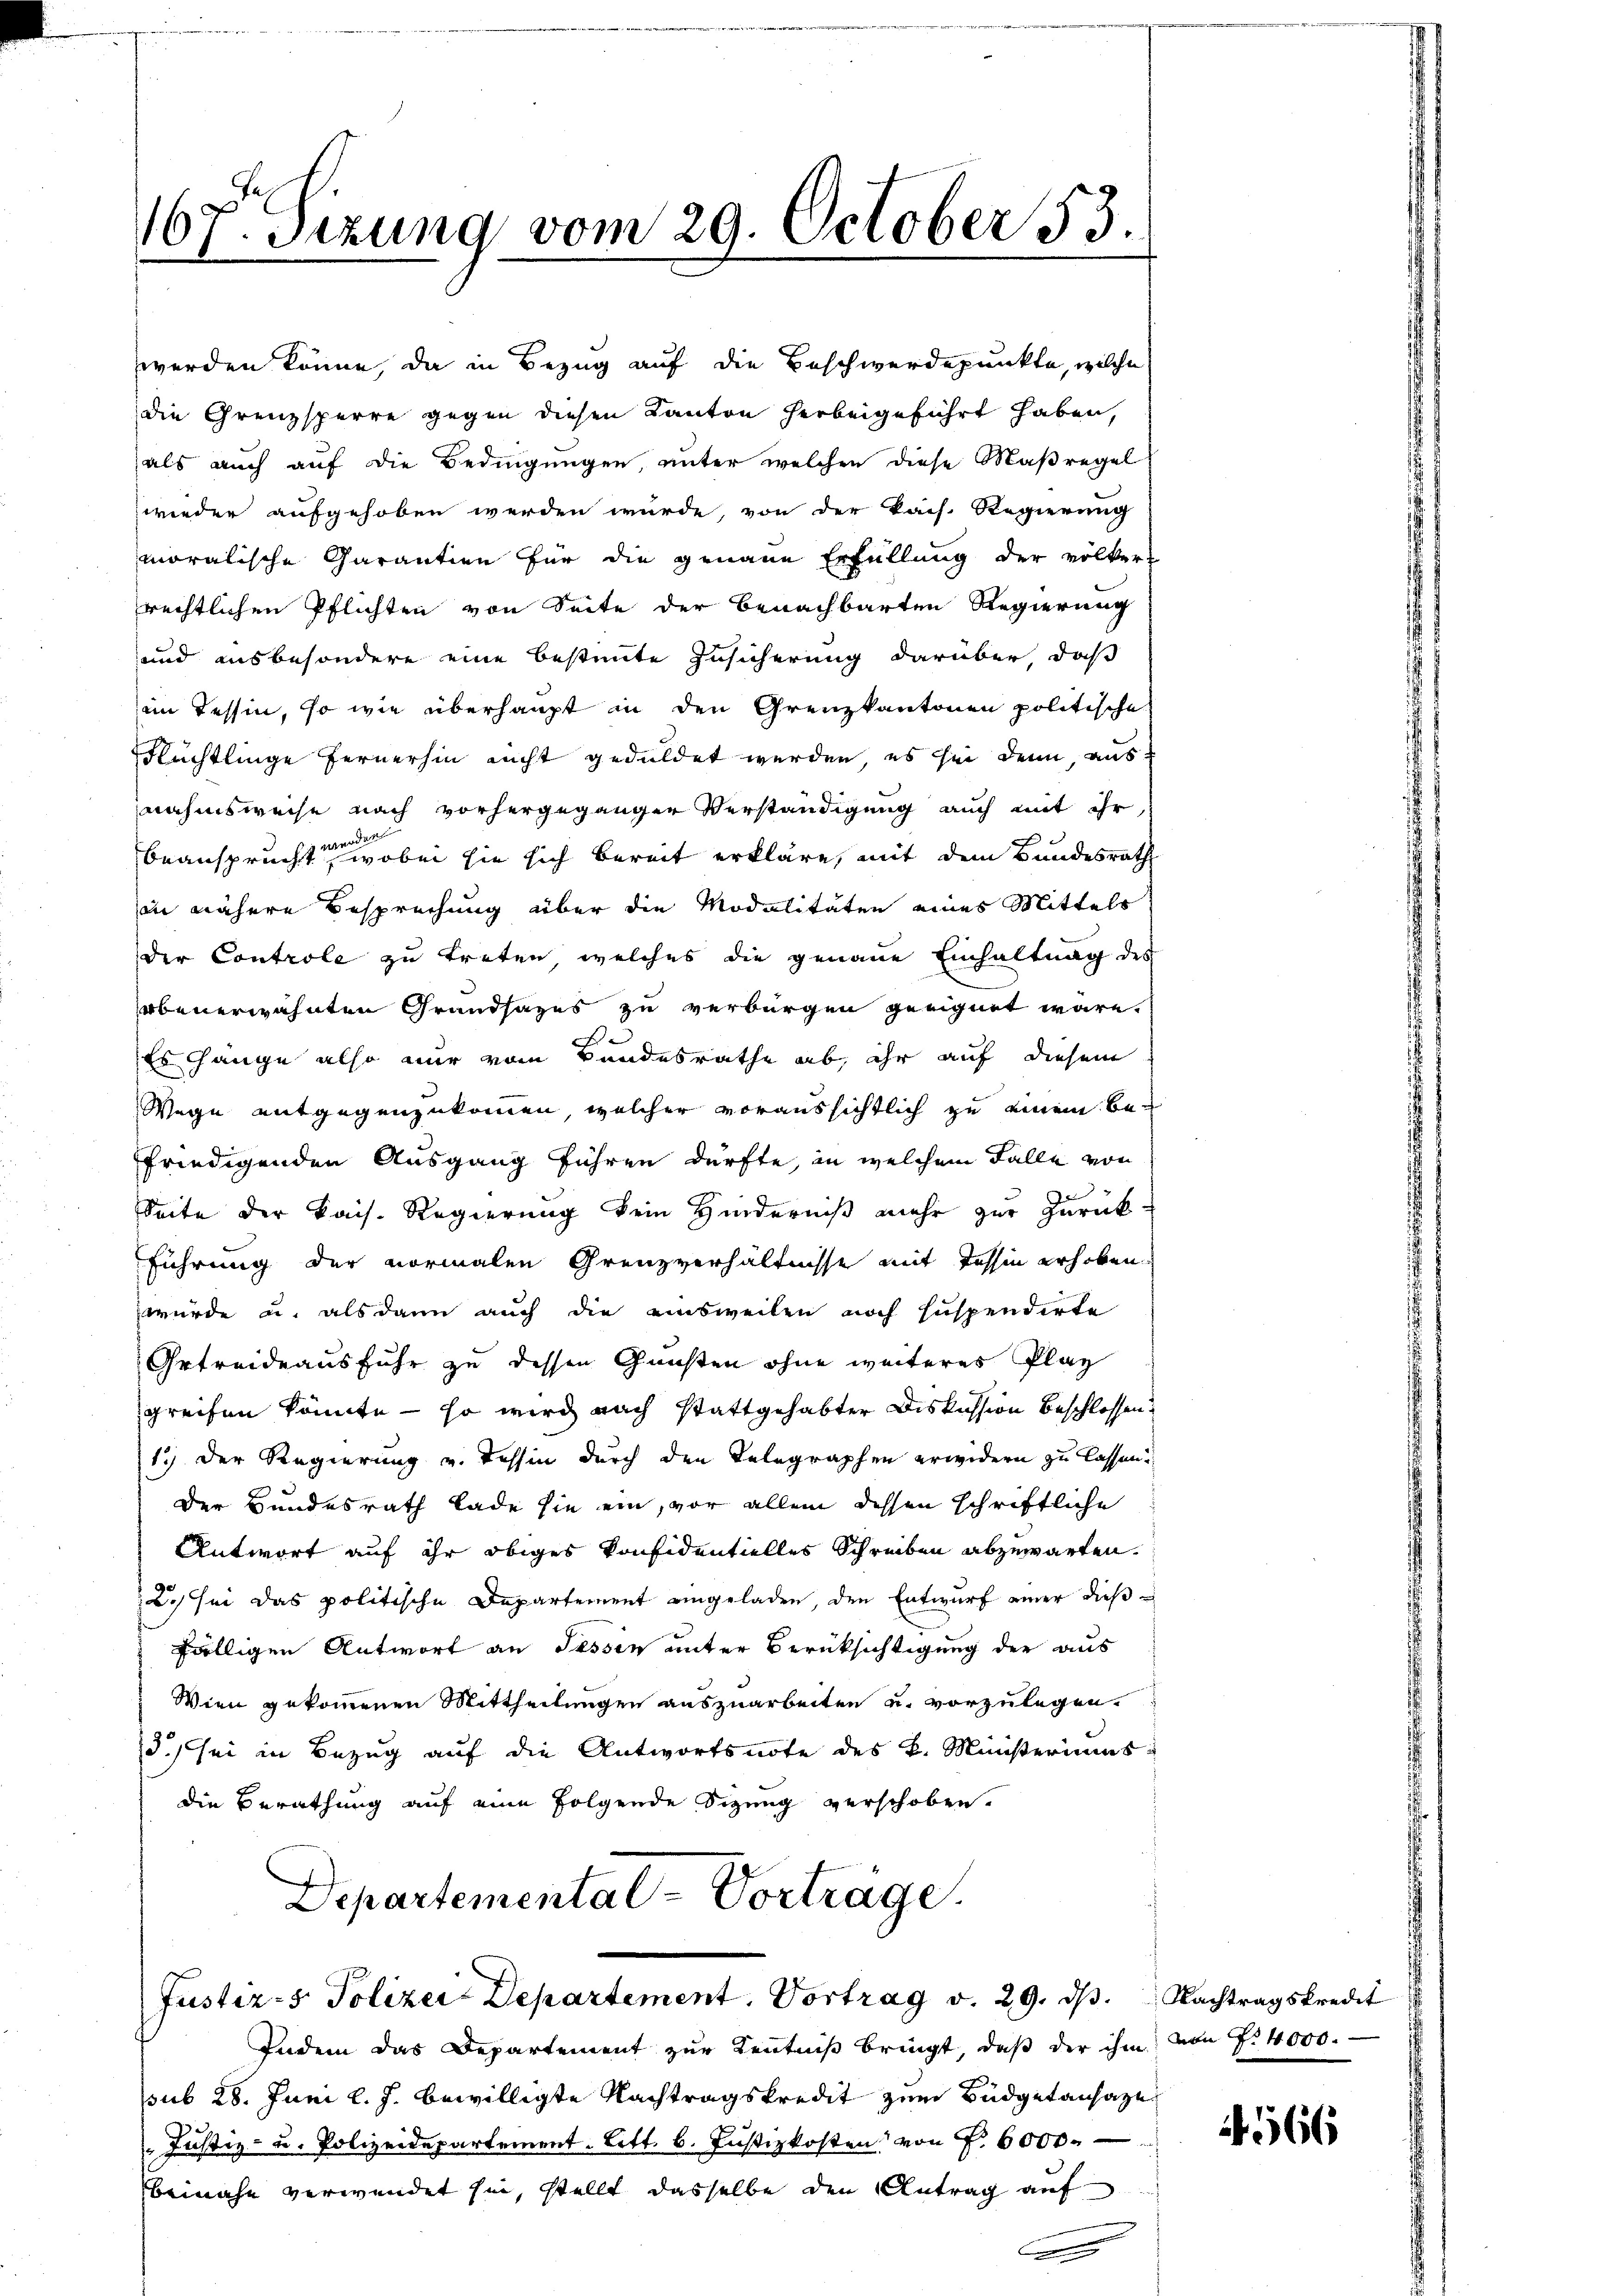
167. Sizung vom 29. October 53.

werden könne, da in Bezug auf die Beschwerdepunkte, welche
die Grenzsperre gegen diesen Kanton herbeigeführt haben,
als auch auf die Bedingungen, unter welchen diese Maßregel
wieder aufgehoben werden wurde, von der Pach. Regierung
moralische Garantien für die genaue Erfüllung der völker
rechtlichen Pflichten von Seite der benachbarten Regierung
und ausbesondere eine bestimmte Zusicherung darüber, daß
im Tessin, so wie überhaupt in den Grenzkantonen politische
Rüchtlinge fernerhin nicht geduldet werden, es sei denn, aus
nahmsweise nach vorhergegangen Verständigung auch mit ihr,
e
beansprucht, wobei sie sich bereit erkläre, mit dem Bundesrath
in nähere Besprechung über die Modalitäten eines Mittels
der Controle zu treten, welches die genaue Einhaltung des
obenerwähnten Grandsazes zu verbürgen geeignet wäre.
3
Es hange also nur vom Bundesrathe ab, ihr auf diesem
Wege entgegenzukommen, welcher voraussichtlich zu einem Befriedigenden Ausgang führen dürfte, in welchem Falle von
Seite der kais. Regierung kein Hinderniß mehr zur Zurück-
Führung der vormalen Grenzverhältnisse mit Tessin erhoben
würde u. als dann auch die einsweilen noch suspendirte
Getreide ausfuhr zu dessen Gunsten ohne weiteres Plaz
greifen könnte — so wird nach stattgehabter Diskussion beschlossen?
1.) Der Regierung u. Tessin durch den Telegraphen erwidern zu lassen.
der Bundesrath Lade sie ein, vor allem dessen schriftliche
Antwort auf ihr obiges Konfidentielles Schreiben abzuwarten.
2. sei das politische Departement eingeladen, den Entwurf einer dießfälligen Antwort an Sessen unter Berüksichtigung der aus
Wien gekommenen Mittheilungen auszuarbeiten u. vorzulegen.
d.) sei in Bezug auf die Antwortsnote des k. Ministeriums
die Berathung auf eine folgende Sizung verschoben.
Departementate Vorträge.

Indem das Departement zur Kenntniß bringt, daß der ihm von Fr. 4000.
sub 28. Juni l. J. bewilligte Nachtragskredit zum Büdgetansaze
Justiz- u. Polizeidepartement. Litt. 6. Justizkosten von P. 6000.
beinahe verwendet sei, stellt dasselbe den Antrag auf

Justiz- & Polizei Departement. Vortrag v. 29. ds. Nachtragskredit

566